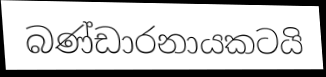
බණ්ඩාරනායකටයි